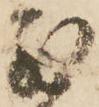
別